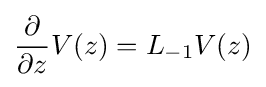
{\frac {\partial }{\partial z}}V(z)=L_{-1}V(z)